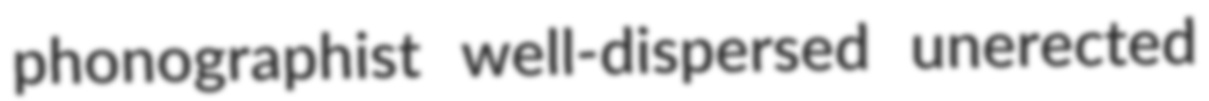
phonographist well-dispersed unerected